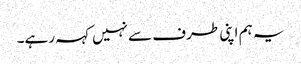
یہ ہم اپنی طرف سےنہیں کہہ رہے۔